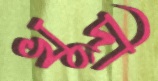
খুদী